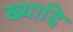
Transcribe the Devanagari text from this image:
ख्यादि